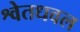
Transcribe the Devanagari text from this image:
श्वेतधवल